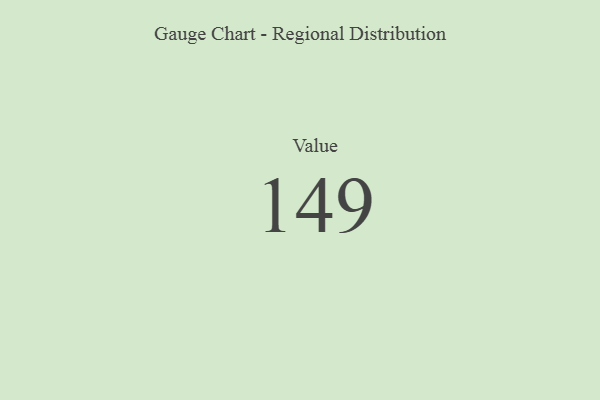
{"axis": {"x": "Metric", "y": "Value"}, "legend": [""], "data": [{"x": "Value", "y": 149, "type": ""}]}